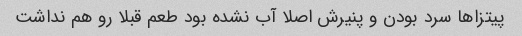
پیتزاها سرد بودن و پنیرش اصلا آب نشده بود طعم قبلا رو هم نداشت